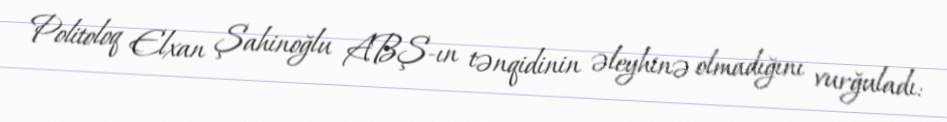
Politoloq Elxan Şahinoğlu ABŞ-ın tənqidinin əleyhinə olmadığını vurğuladı: